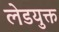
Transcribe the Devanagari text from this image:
लेडयुक्त